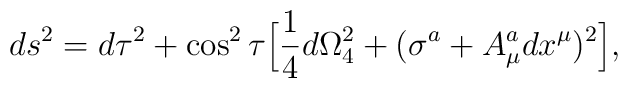
ds^2 = d\tau^2 + \cos^2 \tau \Big[ {1 \over 4} d\Omega_4^2+ (\sigma^{a} + A^a_\mu dx^\mu)^2 \Big],